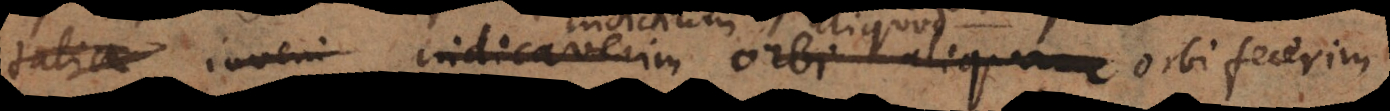
talia inveni indicaverim orbi aliquam orbi fecerim